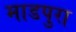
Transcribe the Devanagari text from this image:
माडपुरा